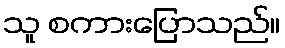
သူ စကားပြောသည်။